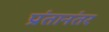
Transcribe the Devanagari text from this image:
प्रांतानंतर